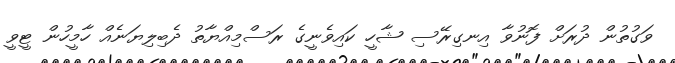
ވަގުތުން ދުރަށް ފޮނުވާ އިނގިރޭސި ޝާހީ ކައިވެނީގެ ރަސްމިއްޔާތު ދެބިލިޔަނެއް ހާމީހުން ޓީވީ